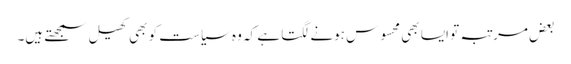
بعض مرتبہ تو ایسا بھی محسوس ہونے لگتا ہے کہ وہ سیاست کو بھی کھیل سمجھتے ہیں۔